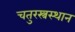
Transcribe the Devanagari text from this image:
चतुरस्त्रस्थान